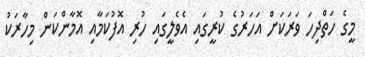
މީގެ ހަތްދިހަ ވަރަކަށް އަހަރުގެ ކުރީގައި އެވެލީގައި ހުރި އޮފުކަމާއި އޮމާންކަން މިހާރަކު